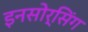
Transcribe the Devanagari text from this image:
इनसोर्सिंग